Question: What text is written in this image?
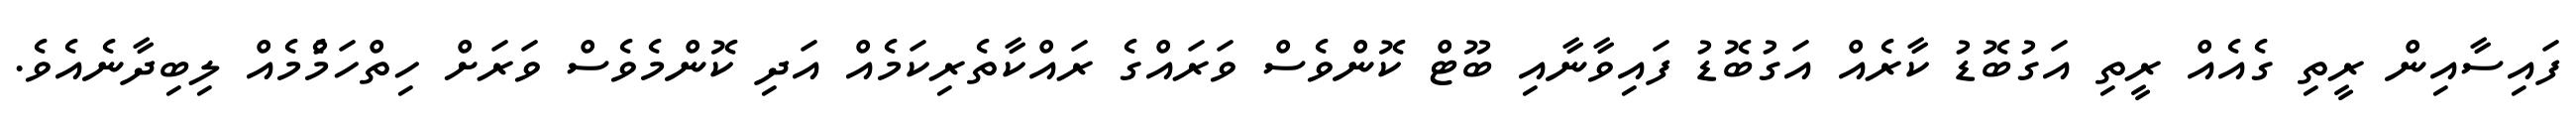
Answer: ފައިސާއިން ރީތި ގެއެއް ރީތި އަގުބޮޑު ކާރެއް އަގުބޮޑު ފައިވާނާއި ބޫޓް ކޮންވެސް ވަރައްގެ ރައްކާތެރިކަމެއް އަދި ކޮންމެވެސް ވަރަށް ހިތްހަމެުމެއް ލިބިދާނެއެވެ.